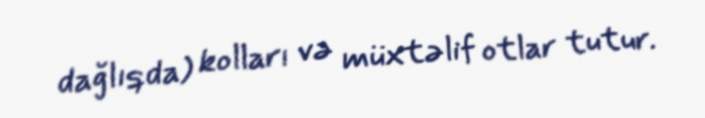
dağlıqda) kolları və müxtəlif otlar tutur.